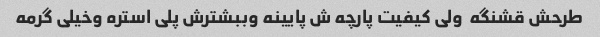
طرحش قشنگه  ولی کیفیت پارچه ش پایینه وببشترش پلی استره وخیلی گرمه